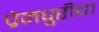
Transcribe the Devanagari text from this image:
प्रेमपुरीचा